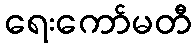
ရေးကော်မတီ